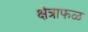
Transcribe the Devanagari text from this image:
क्षेत्राफळ